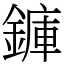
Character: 龲